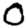
Digit: 0